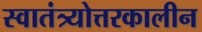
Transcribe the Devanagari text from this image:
स्वातंत्र्योत्तरकालीन